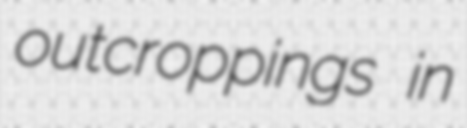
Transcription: outcroppings in